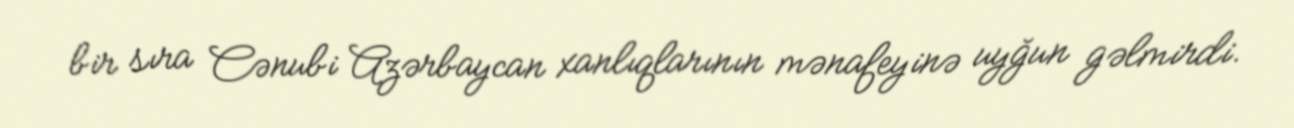
bir sıra Cənubi Azərbaycan xanlıqlarının mənafeyinə uyğun gəlmirdi.